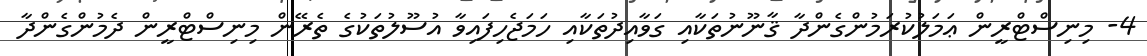
4- މިނިސްޓްރީން ޢަމަލުކުރަމުންގެންދާ ޤާނޫނުތަކާއި ގަވާއިދުތަކާއި ހަމަޖެހިފައިވާ އުސޫލުތަކުގެ ތެރޭން މިނިސްޓްރީން ދެމުންގެންދާ